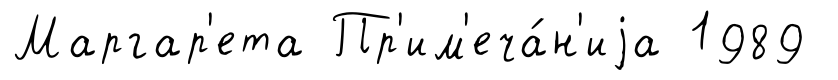
Маргар'ета Пр'им'еча́н'иjа 1989